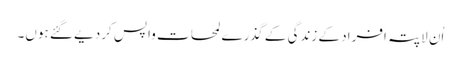
اُن لاپتہ افراد کے زندگی کے گذرے لمحات واپس کردیے گئے ہوں۔